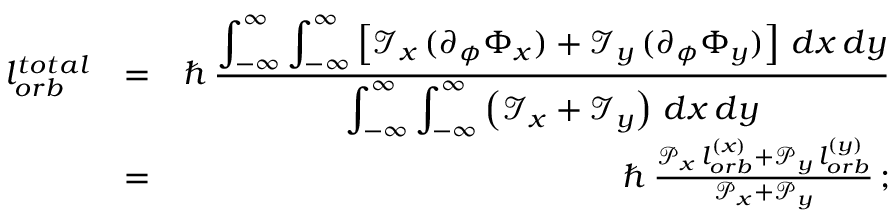
\begin{array} { r l r } { l _ { o r b } ^ { t o t a l } } & { = } & { \hbar \, \frac { \displaystyle \int _ { - \infty } ^ { \infty } \int _ { - \infty } ^ { \infty } \left[ \mathcal { I } _ { x } \, ( \partial _ { \phi } \Phi _ { x } ) + \mathcal { I } _ { y } \, ( \partial _ { \phi } \Phi _ { y } ) \right] \, d x \, d y } { \displaystyle \int _ { - \infty } ^ { \infty } \int _ { - \infty } ^ { \infty } \left( \mathcal { I } _ { x } + \mathcal { I } _ { y } \right) \, d x \, d y } } \\ & { = } & { \hbar \, \frac { \mathcal { P } _ { x } \, l _ { o r b } ^ { ( x ) } + \mathcal { P } _ { y } \, l _ { o r b } ^ { ( y ) } } { \mathcal { P } _ { x } + \mathcal { P } _ { y } } \, ; } \end{array}